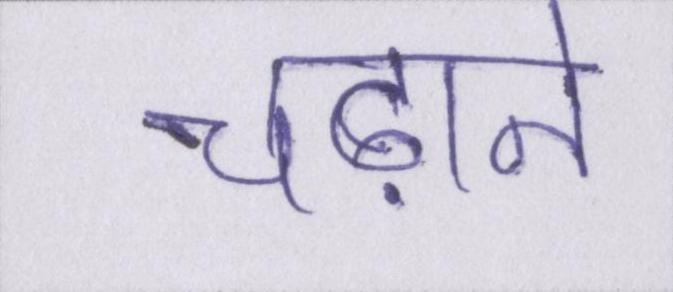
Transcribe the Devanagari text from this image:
चढ़ाने